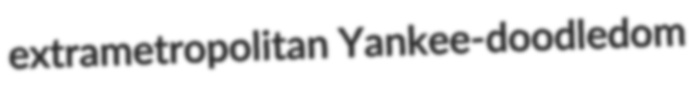
extrametropolitan Yankee-doodledom